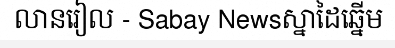
លានរៀល - Sabay Newsស្នាដៃឆ្នើម